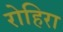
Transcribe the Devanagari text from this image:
रोहिरा